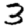
Digit: 3